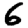
Digit: 6